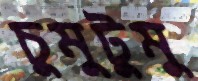
চুমুটুমু